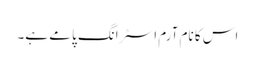
اس کا نام آرم اسٹرانگ پامے ہے۔